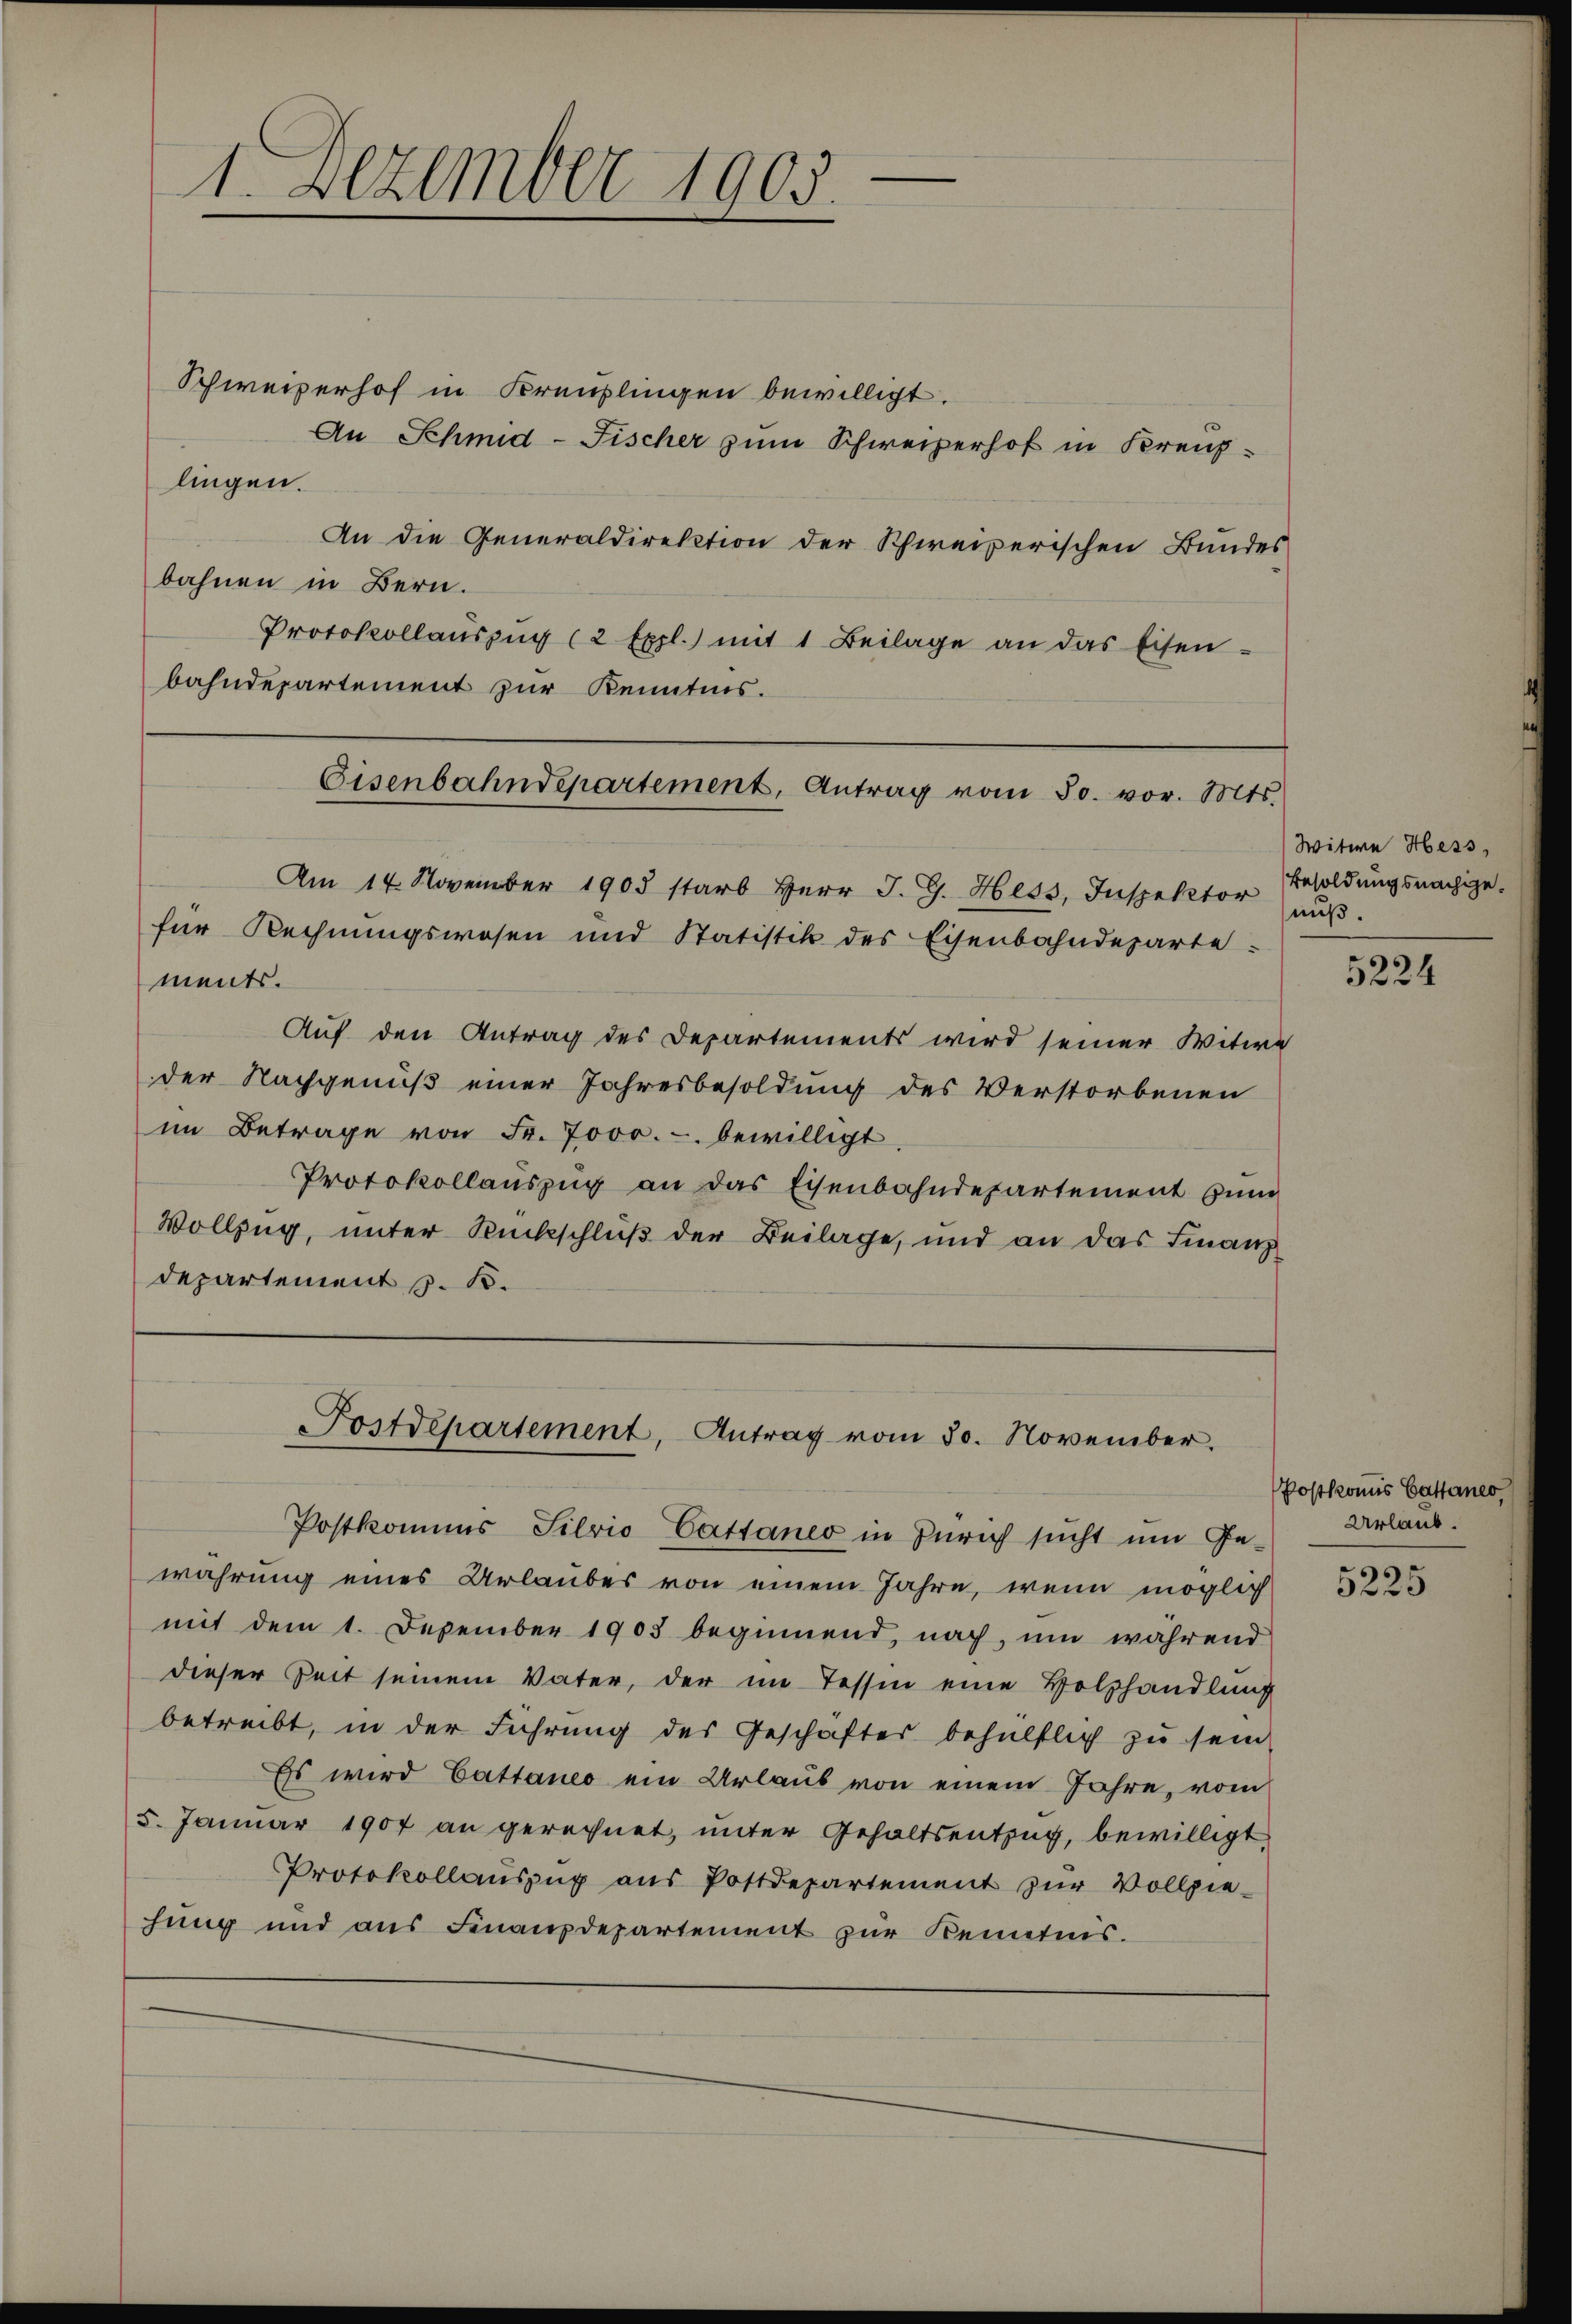
1. Dezember 1905.

Schweizerhof in Kreuzlingen bewilligt.
An Schmid-Fischer zum Schweizerhof in Kreuz-
lingen.
An die Generaldirektion der Schweizerischen Bundes
bahnen in Bern.
Protokollaŭszŭg (2 Expl.) mit 1 Beilage an das Eisen-
bahndepartement zur Kenntnis.
Am 14. November 1903 starb Herr J. G. Hess, Inspektor Besoldungsnachgefür Rechnungswesen und Statistik des Eisenbahndeparte
ments.
Auf den Antrag des Departements wird seiner Witwe
der Nachgenuß einer Jahresbesoldung des Verstorbenen
im Betrage von Fr. 7000.- bewilligt,
Protokollauszug an das Eisenbahndepartement zum
Vollzug, unter Rückschluß der Beilage, und an das Finanz
departement z. B.
Postdepartement, Antrag vom 30. November.
Postkommis Silvio Cattaneo in Zürich sŭcht ŭm Ge-
wahrung eines Urlaubes von einem Jahre, wenn möglich
mit dem 1. Dezember 1903 beginnend, nach, um während
dieser Zeit seinem Vater, der im Tessin eine Holzhandlung
betreibt, in der Führung des Geschäftes behülflich zu sein
Es wird Cattaneo ein Urlaub von einem Jahre, vom
5. Januar 1907 an gerechnet, unter Gehaltsentzug, bewilligt
Protokollaŭszŭg aŭs Postdepartement zŭr Vollzie-
hung und aus Finanzdepartement zur Kenntnis.

Eisenbahndepartement, Antrag vom 30. vor. Mts.

Witwe Hess,
miß.

5224

Postkons Cathanes,
Urlaub.

5225